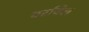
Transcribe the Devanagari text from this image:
बरचिल